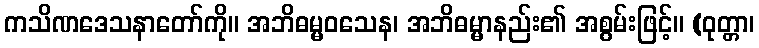
ကသိဏဒေသနာတော်ကို။ အဘိဓမ္မဝသေန၊ အဘိဓမ္မာနည်း၏ အစွမ်းဖြင့်။ (ဝုတ္တာ၊